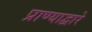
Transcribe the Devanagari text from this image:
प्राण्याद्वारे